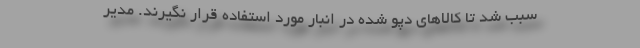
سبب شد تا کالاهای دپو شده در انبار مورد استفاده قرار نگیرند. مدیر